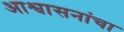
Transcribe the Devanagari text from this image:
आश्वासनांचा